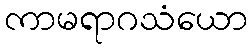
ကာမရာဂသံယော